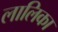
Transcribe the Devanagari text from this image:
लालिका